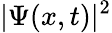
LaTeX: \vert\Psi(x,t)\vert^{2}